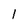
Character: 1